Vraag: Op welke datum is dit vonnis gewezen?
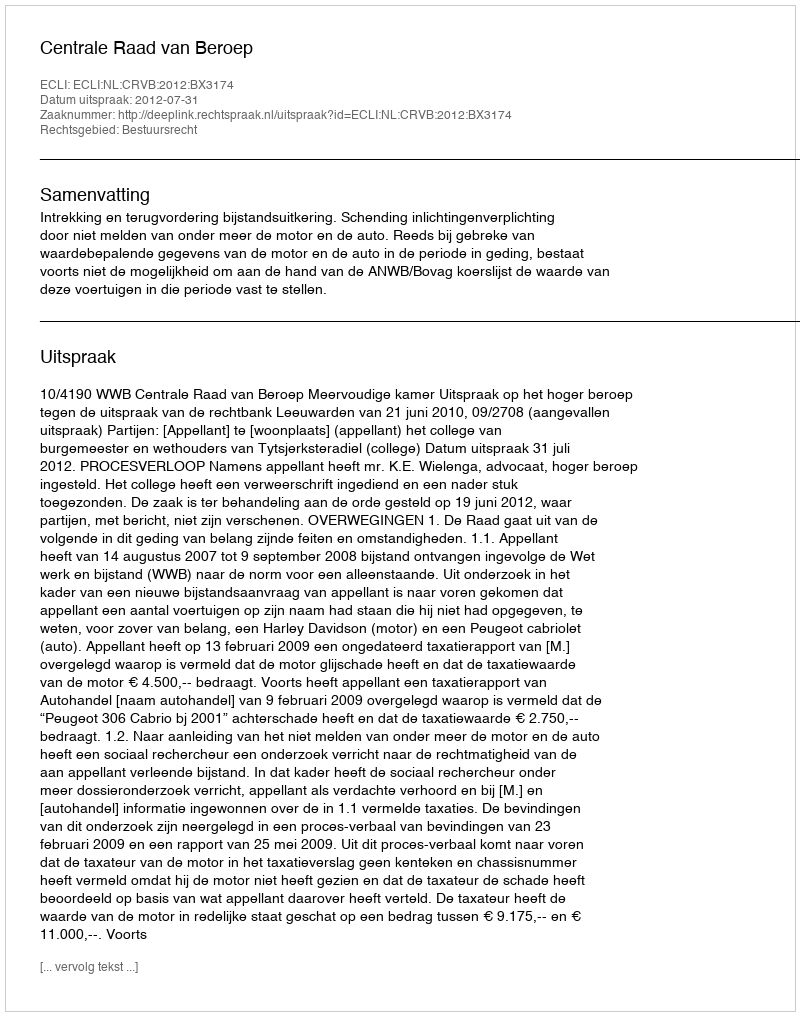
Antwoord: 2012-07-31